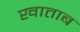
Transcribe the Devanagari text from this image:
खाताब